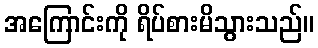
အကြောင်းကို ရိပ်စားမိသွားသည်။